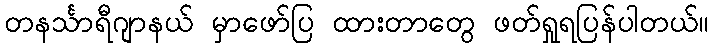
တနင်္သာရီဂျာနယ် မှာဖော်ပြ ထားတာတွေ ဖတ်ရှုရပြန်ပါတယ်။